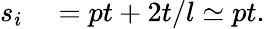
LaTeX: \begin{array}{rl}{s_{i}}&{{}=pt+2t/l\simeq pt.}\end{array}